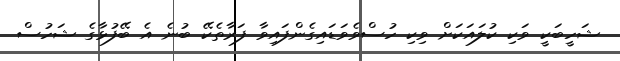
ޝަހީބަކީ ވަކި ކުލައަކަށް ވިކި ހުސްވެވަޑައިގެންފައިވާ ފަރާތެކޭ ބުނެ އެ ބޭފުޅާގެ ޝަހުސް